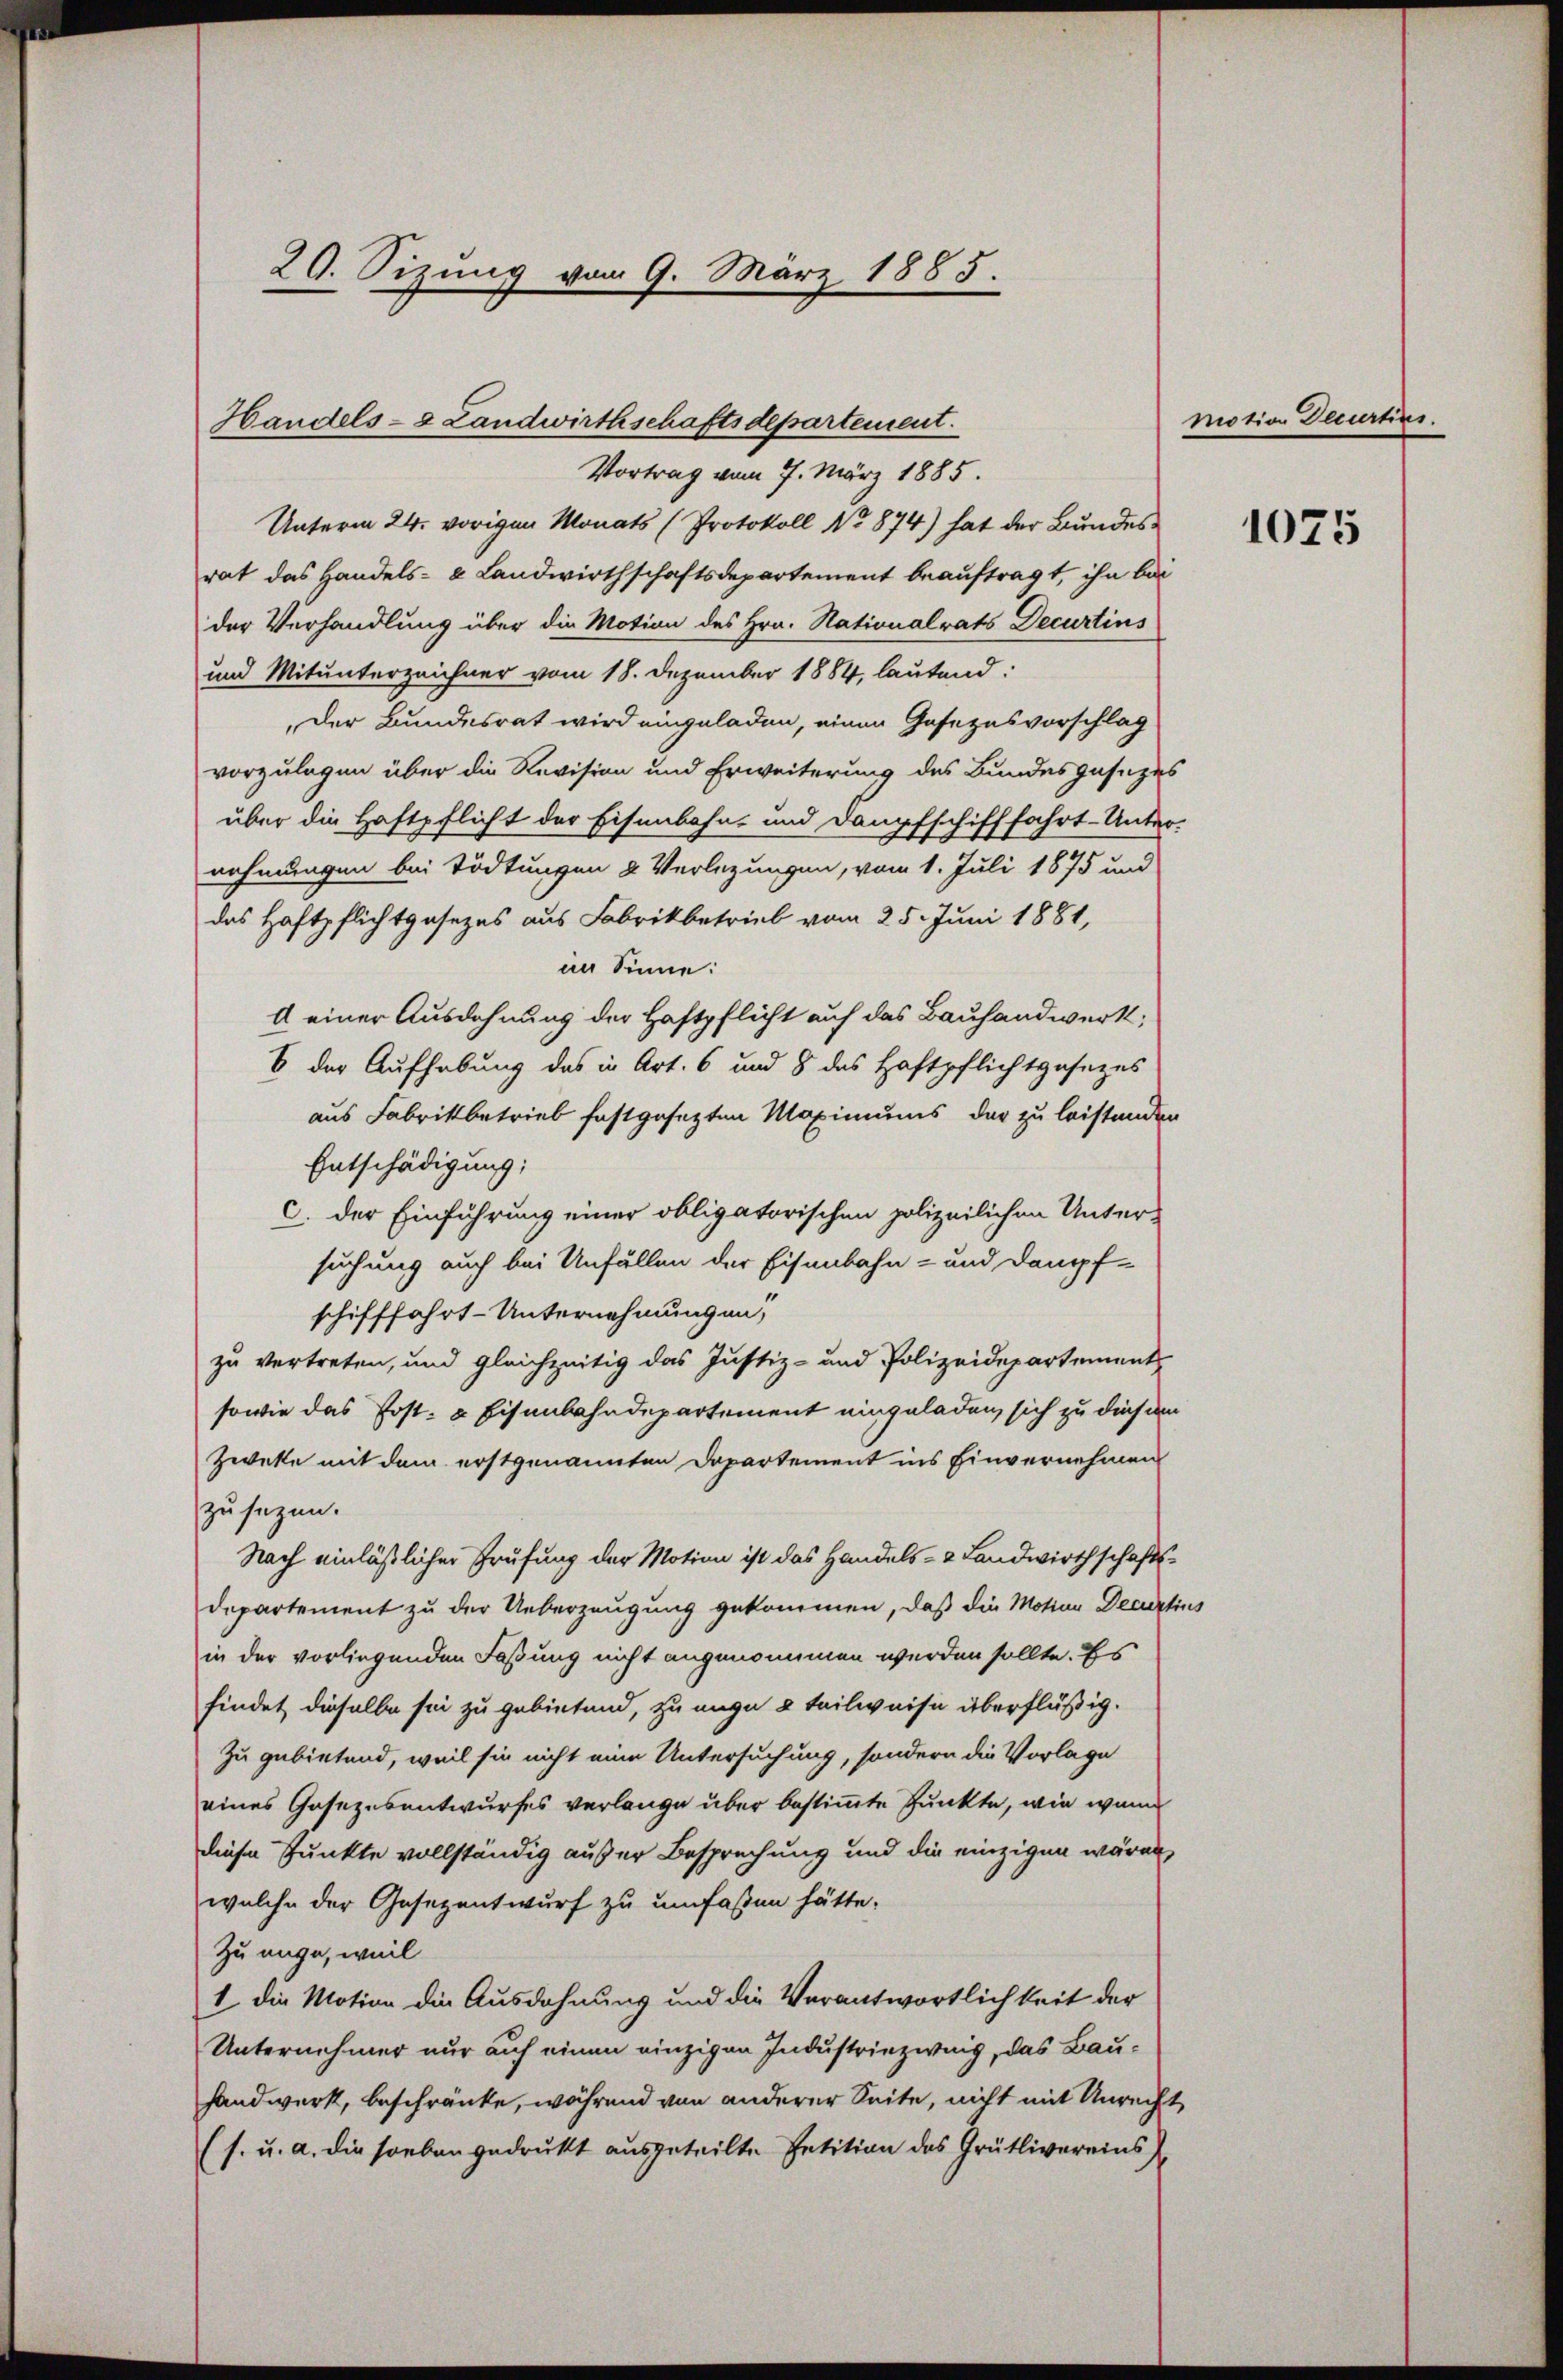
20. Sizung vom 9. März 1885.

Handels- & Landwirthschaftsdepartement.
Vortrag vom 7. März 1885.

Unterm 24. vorigen Monats (Protokoll No 874) hat der Bundes-
rat das Handels- & Landwirthschaftsdepartement beauftragt, ihn bei
der Verhandlung über die Motion des Hrn. Nationalrats Decurtins
und Mitunterzeichner vom 18. Dezember 1884, lautend:
Der Bundesrat wird eingeladen, einen Gesezesvorschlag
vorzulegen über die Revision und Erweiterung des Bundesgesezes
über die Haftpflicht der Eisenbahn- und Dampfschifffahrt-Unter-
nehmungen bei Tödtungen u Verlegungen, vom 1. Juli 1875 und
das Haftpflichtgesezes aus Fabrikbetrieb vom 25. Juni 1881,
im Sinne:
A einer Ausdehnung der Haftpflicht auf das Bauhandwerk;
6 der Aufhebung des in Art. 6 und 8 des Haftpflichtgasezes
aus Fabrikbetrieb festgesezten Maximums der zu leistanden
Entschädigung;
c. der Einführung einer obligatorischen polizeilichen Unter-
suchung auch bei Unfällen der Eisenbahn- und Dampf-
schifffahrt-Unternehmungen,
zu vertreten, und gleichzeitig das Justiz- und Polizeidepartement
sowie das Post- & Eisenbahndepartement eingeladen, sich zu diesem
Zwecke mit dem erstgenannten Dopartement ins Einvernehmen
zu sagen.
Nach einläßlicher Prüfung der Motion ist das Handels- & Landwirthschaftsdepartement zu der Ueberzeugung gekommen, daß die Motion Decurtius
in der vorliegenden Faßung nicht angenommen werden sollte. Es
findet dieselbe sei zu gebietend, zu ange 2 Teilweise überflüßig.
Zu gebietend, weil sie nicht eine Untersuchung, sondern die Vorlage
eines Gesezesentwurfes verlange über bestimmte Punkte, wie wann
diese Punkte vollständig außer Besprechung und die einzigen wären,
welche der Gesezentwurf zu umfaßen hätte.
Zu ange, weil
1 die Motion die Ausdehnung und die Verantwortlichkeit der
Unternehmer nur auf einen einzigen Industriezweig, das Bau¬
Handwerk, beschränke, während von anderer Seite, nicht mit Unrecht
(s. u. a. die soeben gedrukt ausgeteilte Petition des Grütlivereins

motion Decurtins.

1075